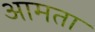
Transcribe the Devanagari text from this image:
आमता